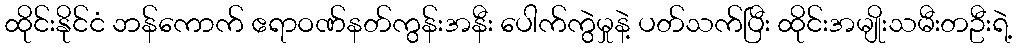
ထိုင်းနိုင်ငံ ဘန်ကောက် ဧရာဝဏ်နတ်ကွန်းအနီး ပေါက်ကွဲမှုနဲ့ ပတ်သက်ပြီး ထိုင်းအမျိုးသမီးတဦးရဲ့